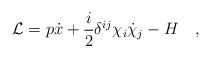
LaTeX: \begin{align*}{\cal L}= p\dot x + {i\over2} \delta^{ij} \chi_i\dot\chi_j -H\quad,\end{align*}